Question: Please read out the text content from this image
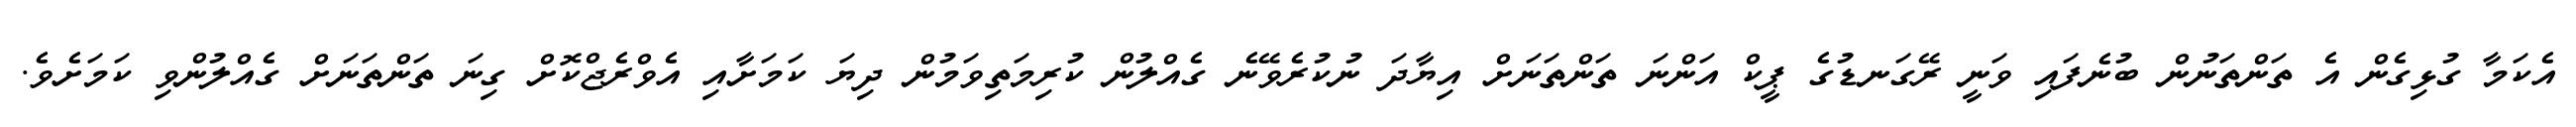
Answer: އެކަމާ ގުޅިގެން އެ ތަންތަނުން ބުނެފައި ވަނީ ރޭގަނޑުގެ ޕީކް އަންނަ ތަންތަނަށް އިޔާދަ ނުކުރެވޭނެ ގެއްލުން ކުރިމަތިވަމުން ދިޔަ ކަމަށާއި އެވްރެޖްކޮށް ގިނަ ތަންތަނަށް ގެއްލުންވި ކަމަށެވެ.